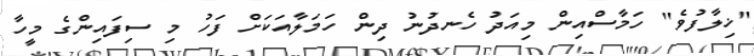
"ޚިލާފުވެ" ހަމާސްއިން މިއަދު ހެނދުނު ދިން ހަމަލާއަކަށް ފަހު މި ސިފައިންގެ މީހާ